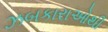
ઝબકારાઓથી